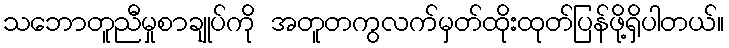
သဘောတူညီမှုစာချုပ်ကို အတူတကွလက်မှတ်ထိုးထုတ်ပြန်ဖို့ရှိပါတယ်။